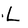
Character: L